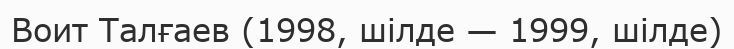
Воит Талғаев (1998, шілде — 1999, шілде)